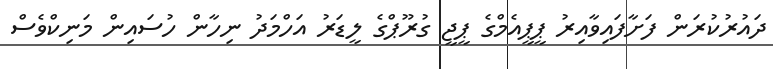
ދައުރުކުރަން ފަށާފައިވާއިރު ޕީޕީއެމްގެ ޕީޖީ ގުރޫޕްގެ ލީޑަރު އަހްމަދު ނިހާން ހުސައިން މަނިކްވެސް